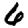
Digit: 6